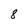
Character: 8